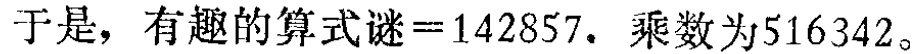
于是，有趣的算式谜\( = 142857.\) 乘数为\(516342\)。